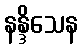
နန္ဒိသေန